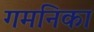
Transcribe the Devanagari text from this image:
गमनिका